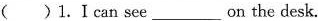
( )1.I can see___on the desk.